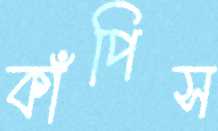
কাঁপিস